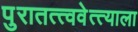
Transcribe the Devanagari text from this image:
पुरातत्त्ववेत्त्याला